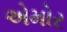
એમોર